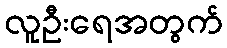
လူဦးရေအတွက်